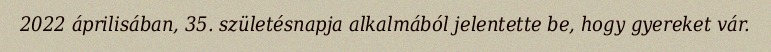
2022 áprilisában, 35. születésnapja alkalmából jelentette be, hogy gyereket vár.